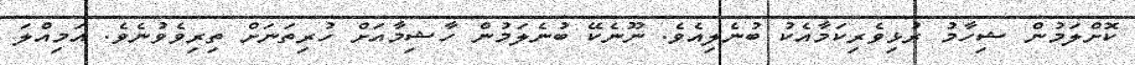
ކޮށްލަމުން ޝިހާމު ރުޅިވެރިކަމާއެކު ބުނެލިއެވެ. ނޫނެކޭ ބުނެލަމުން ހާޝިމާއަށް ހުރިތަނަށް ތިރިވެވުނެވެ. އަމިއްލަ